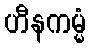
ဟီနကမ္မံ